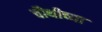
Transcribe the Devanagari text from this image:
चौथीच्या